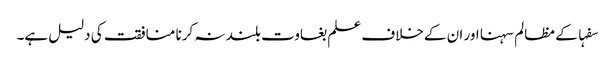
سفہا کے مظالم سہنا اور ان کے خلاف علم بغاوت بلند نہ کرنا منافقت کی دلیل ہے۔